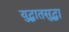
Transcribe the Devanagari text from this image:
युद्धातसुद्धा